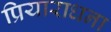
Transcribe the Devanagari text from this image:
प्रियाराधना